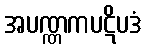
အပဏ္ဏကပဋိပဒံ